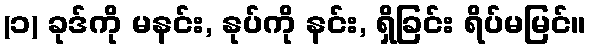
(၁) ခုဒ်ကို မနင်း, နုပ်ကို နင်း, ရှိခြင်း ရိပ်မမြင်။